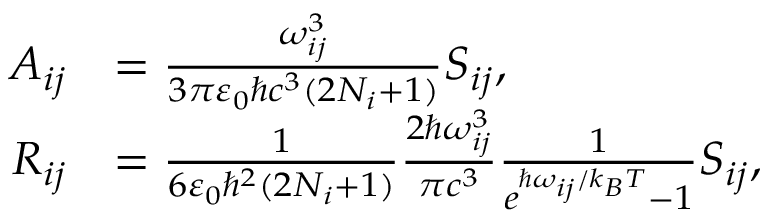
\begin{array} { r l } { A _ { i j } } & { = \frac { \omega _ { i j } ^ { 3 } } { 3 \pi \varepsilon _ { 0 } \hbar c ^ { 3 } ( 2 N _ { i } + 1 ) } S _ { i j } , } \\ { R _ { i j } } & { = \frac { 1 } { 6 \varepsilon _ { 0 } \hbar ^ { 2 } ( 2 N _ { i } + 1 ) } \frac { 2 \hbar \omega _ { i j } ^ { 3 } } { \pi c ^ { 3 } } \frac { 1 } { e ^ { \hbar \omega _ { i j } / k _ { B } T } - 1 } S _ { i j } , } \end{array}